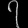
Digit: ၇